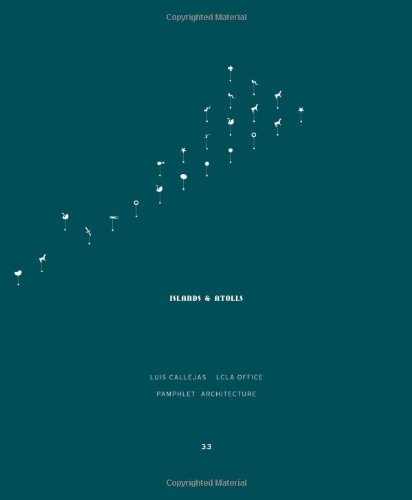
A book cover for Pamphlet Architecture 33: Islands and Atolls; Luis Callejas; Arts & Photography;